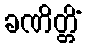
ခဏိတ္တိံ